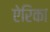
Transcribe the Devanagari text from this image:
ऐरिका